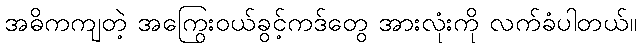
အဓိကကျတဲ့ အကြွေးဝယ်ခွင့်ကဒ်တွေ အားလုံးကို လက်ခံပါတယ်။